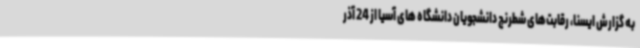
به گزارش ایسنا، رقابت‌های شطرنج دانشجویان دانشگاه های آسیا از 24 آذر